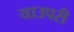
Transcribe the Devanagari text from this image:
याउपरी